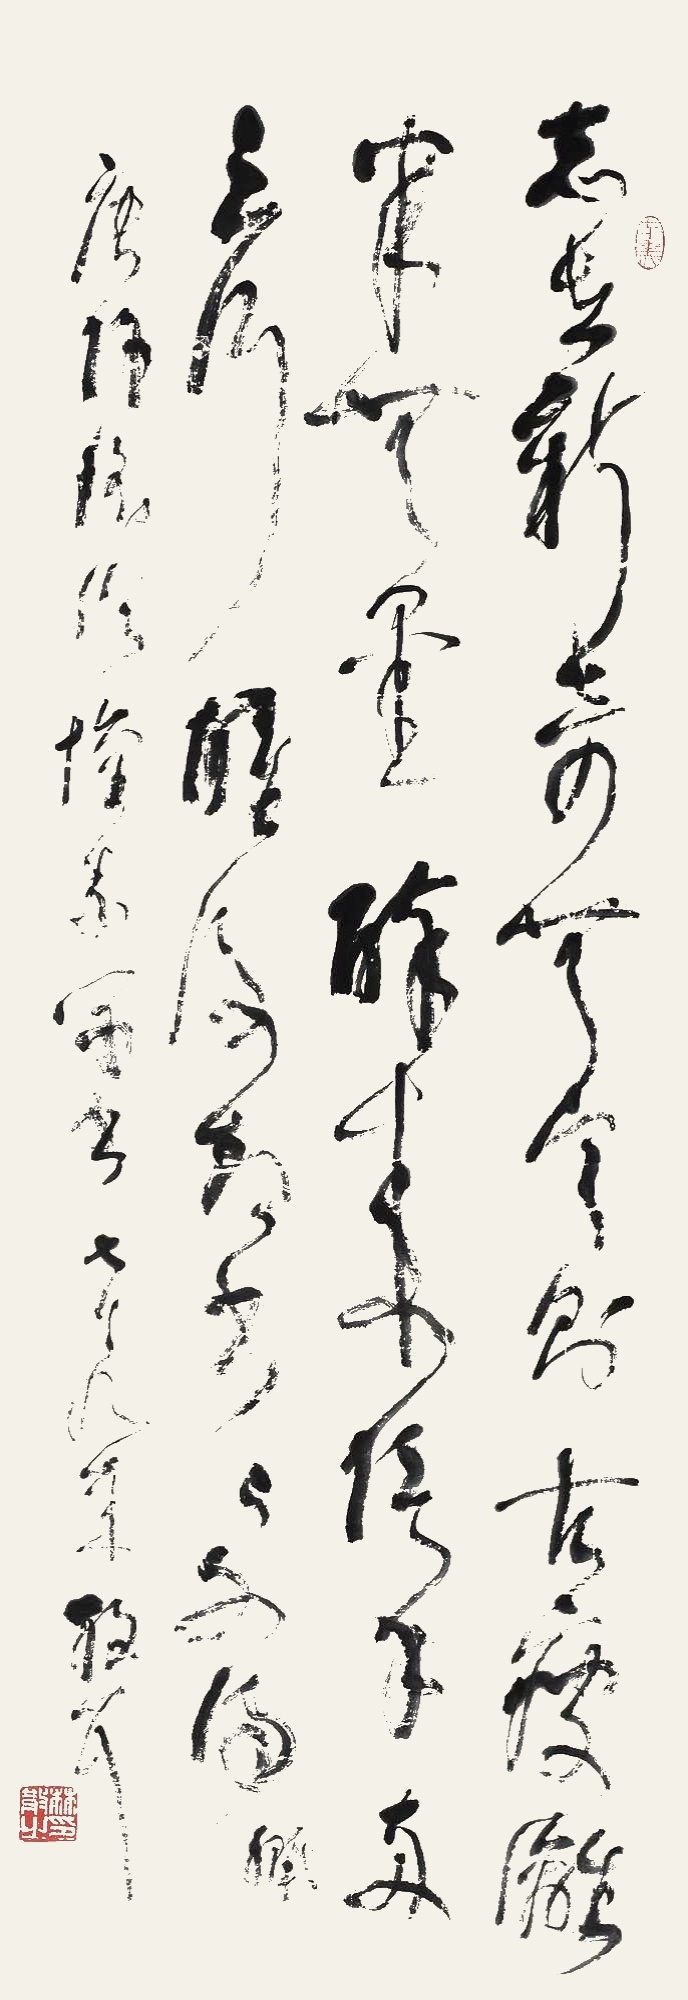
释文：志在新奇无定则，古瘦漓骊半无墨。醉来信手两三行，醒后却书书不得。唐许瑶论怀素草书，七十九年散耳。